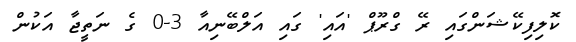
ކޮލިފިކޭޝަންގައި ރޭ ގްރޫޕް 'އައި' ގައި އަލްބޭނިއާ 3-0 ގެ ނަތީޖާ އަކުން